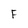
Character: F